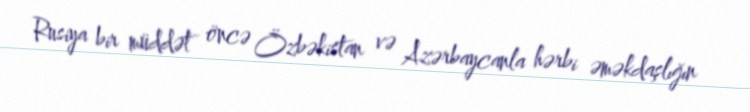
Rusiya bir müddət öncə Özbəkistan və Azərbaycanla hərbi əməkdaşlığın